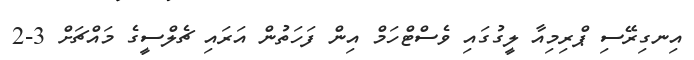
އިނގިރޭސި ޕްރިމިއާ ލީގުގައި ވެސްޓްހަމް އިން ފަހަތުން އަރައި ޗެލްސީގެ މައްޗަށް 3-2